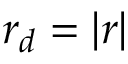
r _ { d } = | \boldsymbol { r } |